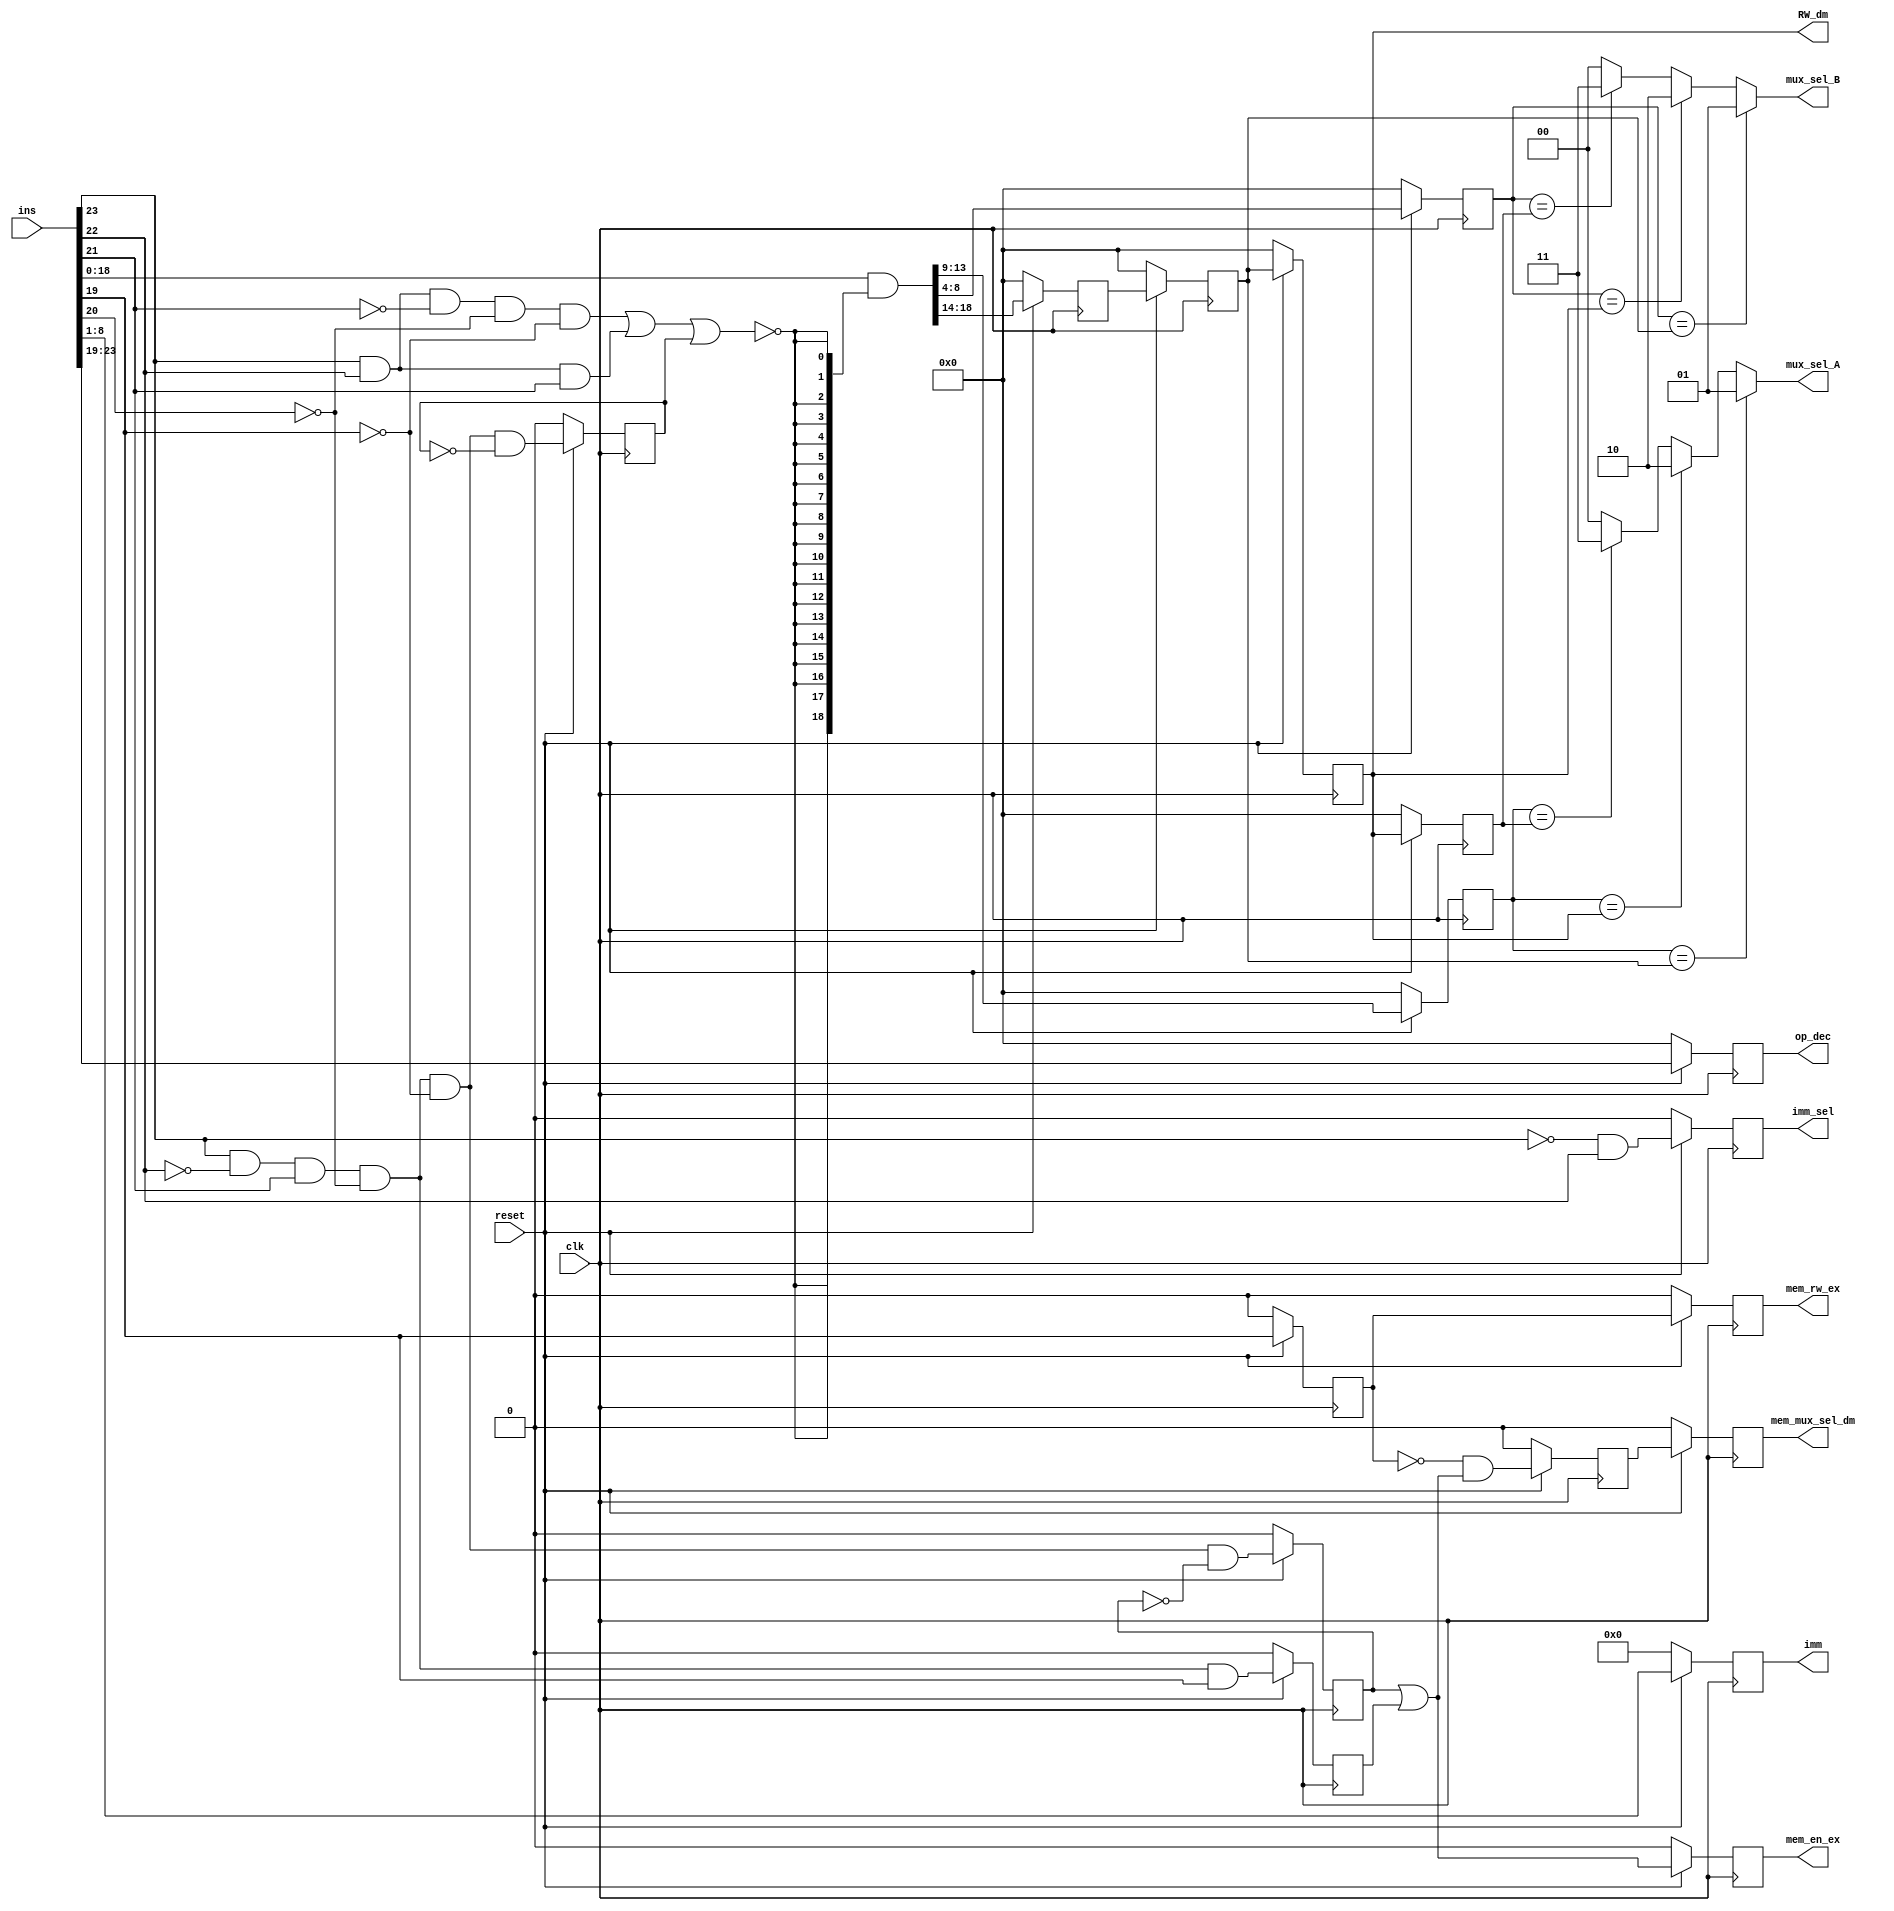
module Dependency_Check_Block(imm, RW_dm, op_dec, mux_sel_A, mux_sel_B, imm_sel, mem_en_ex, mem_rw_ex, mem_mux_sel_dm, ins, clk, reset);

//////////////////////////////////////////////////Declarations/////////////////////////////////////////////////////////////////////////////////
	input [23:0] ins;
	input clk, reset;
	output reg [7:0] imm;
	output reg [4:0] RW_dm, op_dec;
	output [1:0] mux_sel_A, mux_sel_B;
	output imm_sel, mem_en_ex, mem_rw_ex, mem_mux_sel_dm;
	wire [5:0] op_dec_rst;
	wire JMP, Cond_J;
	wire [18:0] nJCL, flag, ins_tmp;
	wire mask;
	wire [4:0] RA, RB, RW;
	wire imm_flag, LD_flag, ST_flag, mem_rw;
	reg [4:0] RA_dec, RB_dec, RW_dec, RW_ex, RW_wb;
	reg LD1, LD_dec, mem_rw_dec, mem_mux_sel_ex, ST_dec, imm_sel, mem_rw_ex, mem_en_ex, mem_mux_sel_dm;
	wire LD1_rst, imm_flag_rst, LD_dec_rst, ST_dec_rst, mem_rw_dec_rst, mem_rw_ex_rst, mem_mux_sel_ex_rst, mem_en_ex_rst, mem_mux_sel_dm_rst;
	wire [4:0] RA_rst, RB_rst, RW_rst, RW_dec_rst, RW_ex_rst, RW_dm_rst;
	wire [7:0] imm_rst;
//////////////////////////////////////////////////////////////////////////////////////////////////////////////////////////////////////////////////

//////////////////////////////////////////////////////Combinational Logic////////////////////////////////////////////////////////////////////////////////	
	assign JMP = ins[23] & ins[22] & ~ins[21] & ~ins[20] & ~ins[19];	// Checking opcode of JMP
	assign Cond_J = ins[23] & ins[22] & ins[21]; // Checking opcode of Conditional Jump
	assign mask = ~(JMP | Cond_J | LD1); // Checking if the opcode does not correspond to JMP, Cond_J or LD1
	assign nJCL = {mask, mask, mask, mask, mask, mask, mask, mask, mask, mask, mask, mask, mask, mask, mask, mask, mask, mask, mask};
	assign flag = ins[18:0] & nJCL; // Masking the read and write operand addresses
	
	assign ins_tmp = ins[18:0] & nJCL;
	assign RW = ins_tmp[18:14];	// RW (Write/Destination)
	assign RA = ins_tmp[13:9]; // RA (Operand A's Register)
	assign RB = ins_tmp[8:4]; // RB (Operand B's Register)
	
	// Encoding based on priority
	assign mux_sel_A = (RA_dec == RW_ex) ? 2'b01 : (RA_dec == RW_dm) ? 2'b10 : (RA_dec == RW_wb) ? 2'b11 : 2'b00;
	assign mux_sel_B = (RB_dec == RW_ex) ? 2'b01 : (RB_dec == RW_dm) ? 2'b10 : (RB_dec == RW_wb) ? 2'b11 : 2'b00;
	
	// Checking opcode for imm
	assign imm_flag = ~ins[23] & ins[22];
	
	assign mem_rw = ins[19];
	assign LD_flag = ins[23] & ~ins[22] & ins[21] & ~ins[20] & ~ins[19];	// Load opcode
	assign ST_flag = ins[23] & ~ins[22] & ins[21] & ~ins[20] & ins[19]; // Store opcode
	
	// If reset is 0, all the values to be scanned at the next positive clock edge are set to 0
	assign LD1_rst = (reset == 1'b0) ? 1'b0 : ins[23] & ~ins[22] & ins[21] & ~ins[20] & ~ins[19] & ~LD1;
	assign RA_rst = (reset == 1'b0) ? 5'b0_0000 : RA;
	assign RB_rst = (reset == 1'b0) ? 5'b0_0000 : RB;
	assign RW_rst = (reset == 1'b0) ? 5'b0_0000 : RW;
	assign RW_dec_rst = (reset == 1'b0) ? 5'b0_0000 : RW_dec;
	assign RW_ex_rst = (reset == 1'b0) ? 5'b0_0000 : RW_ex;
	assign RW_dm_rst = (reset == 1'b0) ? 5'b0_0000 : RW_dm;
	assign imm_flag_rst = (reset == 1'b0) ? 1'b0 : imm_flag;
	assign imm_rst = (reset == 1'b0) ? 8'b0000_0000 : ins[8:1];
	assign LD_dec_rst = (reset == 1'b0) ? 1'b0 : LD_flag & ~LD_dec;
	assign ST_dec_rst = (reset == 1'b0) ? 1'b0 : ST_flag;
	assign op_dec_rst = (reset == 1'b0) ? 5'b0_0000 : ins[23:19];
	assign mem_rw_dec_rst = (reset == 1'b0) ? 1'b0 : ins[19];
	assign mem_rw_ex_rst = (reset == 1'b0) ? 1'b0 : mem_rw_dec;
	assign mem_mux_sel_ex_rst = (reset == 1'b0) ? 1'b0 : ~mem_rw_dec & (LD_dec | ST_dec);
	assign mem_en_ex_rst = (reset == 1'b0) ? 1'b0 : LD_dec | ST_dec;
	assign mem_mux_sel_dm_rst = (reset == 1'b0) ? 1'b0 : mem_mux_sel_ex;
//////////////////////////////////////////////////////////////////////////////////////////////////////////////////////////////////////////////////

///////////////////////////////////////////////////Sequential Logic///////////////////////////////////////////////////////////////////////////////////////////////
	always @ (posedge clk) // Scanning all values at the next positive clock edge, with reset already taken into account
	begin
		op_dec <= op_dec_rst;
		LD1 <= LD1_rst;
		RA_dec <= RA_rst;
		RB_dec <= RB_rst;
		RW_dec <= RW_rst;
		RW_ex <= RW_dec_rst;
		RW_dm <= RW_ex_rst;
		RW_wb <= RW_dm_rst;
		imm_sel <= imm_flag_rst;
		imm <= imm_rst;
		LD_dec <= LD_dec_rst;
		ST_dec <= ST_dec_rst;
		mem_rw_dec <= mem_rw_dec_rst;
		mem_rw_ex <= mem_rw_ex_rst;
		mem_mux_sel_ex <= mem_mux_sel_ex_rst;
		mem_en_ex <= mem_en_ex_rst;
		mem_mux_sel_dm <= mem_mux_sel_dm_rst;
		
	end
//////////////////////////////////////////////////////////////////////////////////////////////////////////////////////////////////////////////////
endmodule